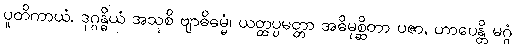
ပူတိကာယံ, ဒုဂ္ဂန္ဓိယံ အသုစိ ဗျာဓိဓမ္မံ၊ ယတ္ထပ္ပမတ္တာ အဓိမုစ္ဆိတာ ပဇာ, ဟာပေန္တိ မဂ္ဂံ